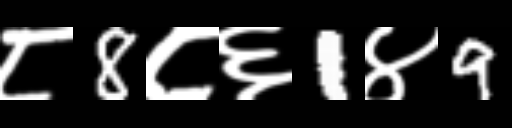
Text: ८8८६1४9